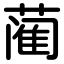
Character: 蔺